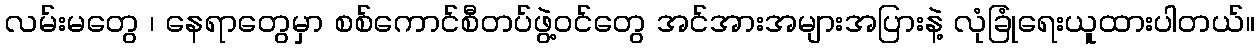
လမ်းမတွေ ၊ နေရာတွေမှာ စစ်ကောင်စီတပ်ဖွဲ့ဝင်တွေ အင်အားအများအပြားနဲ့ လုံခြုံရေးယူထားပါတယ်။